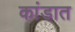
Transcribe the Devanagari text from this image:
कांडात